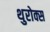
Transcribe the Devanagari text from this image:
थुरोक्स